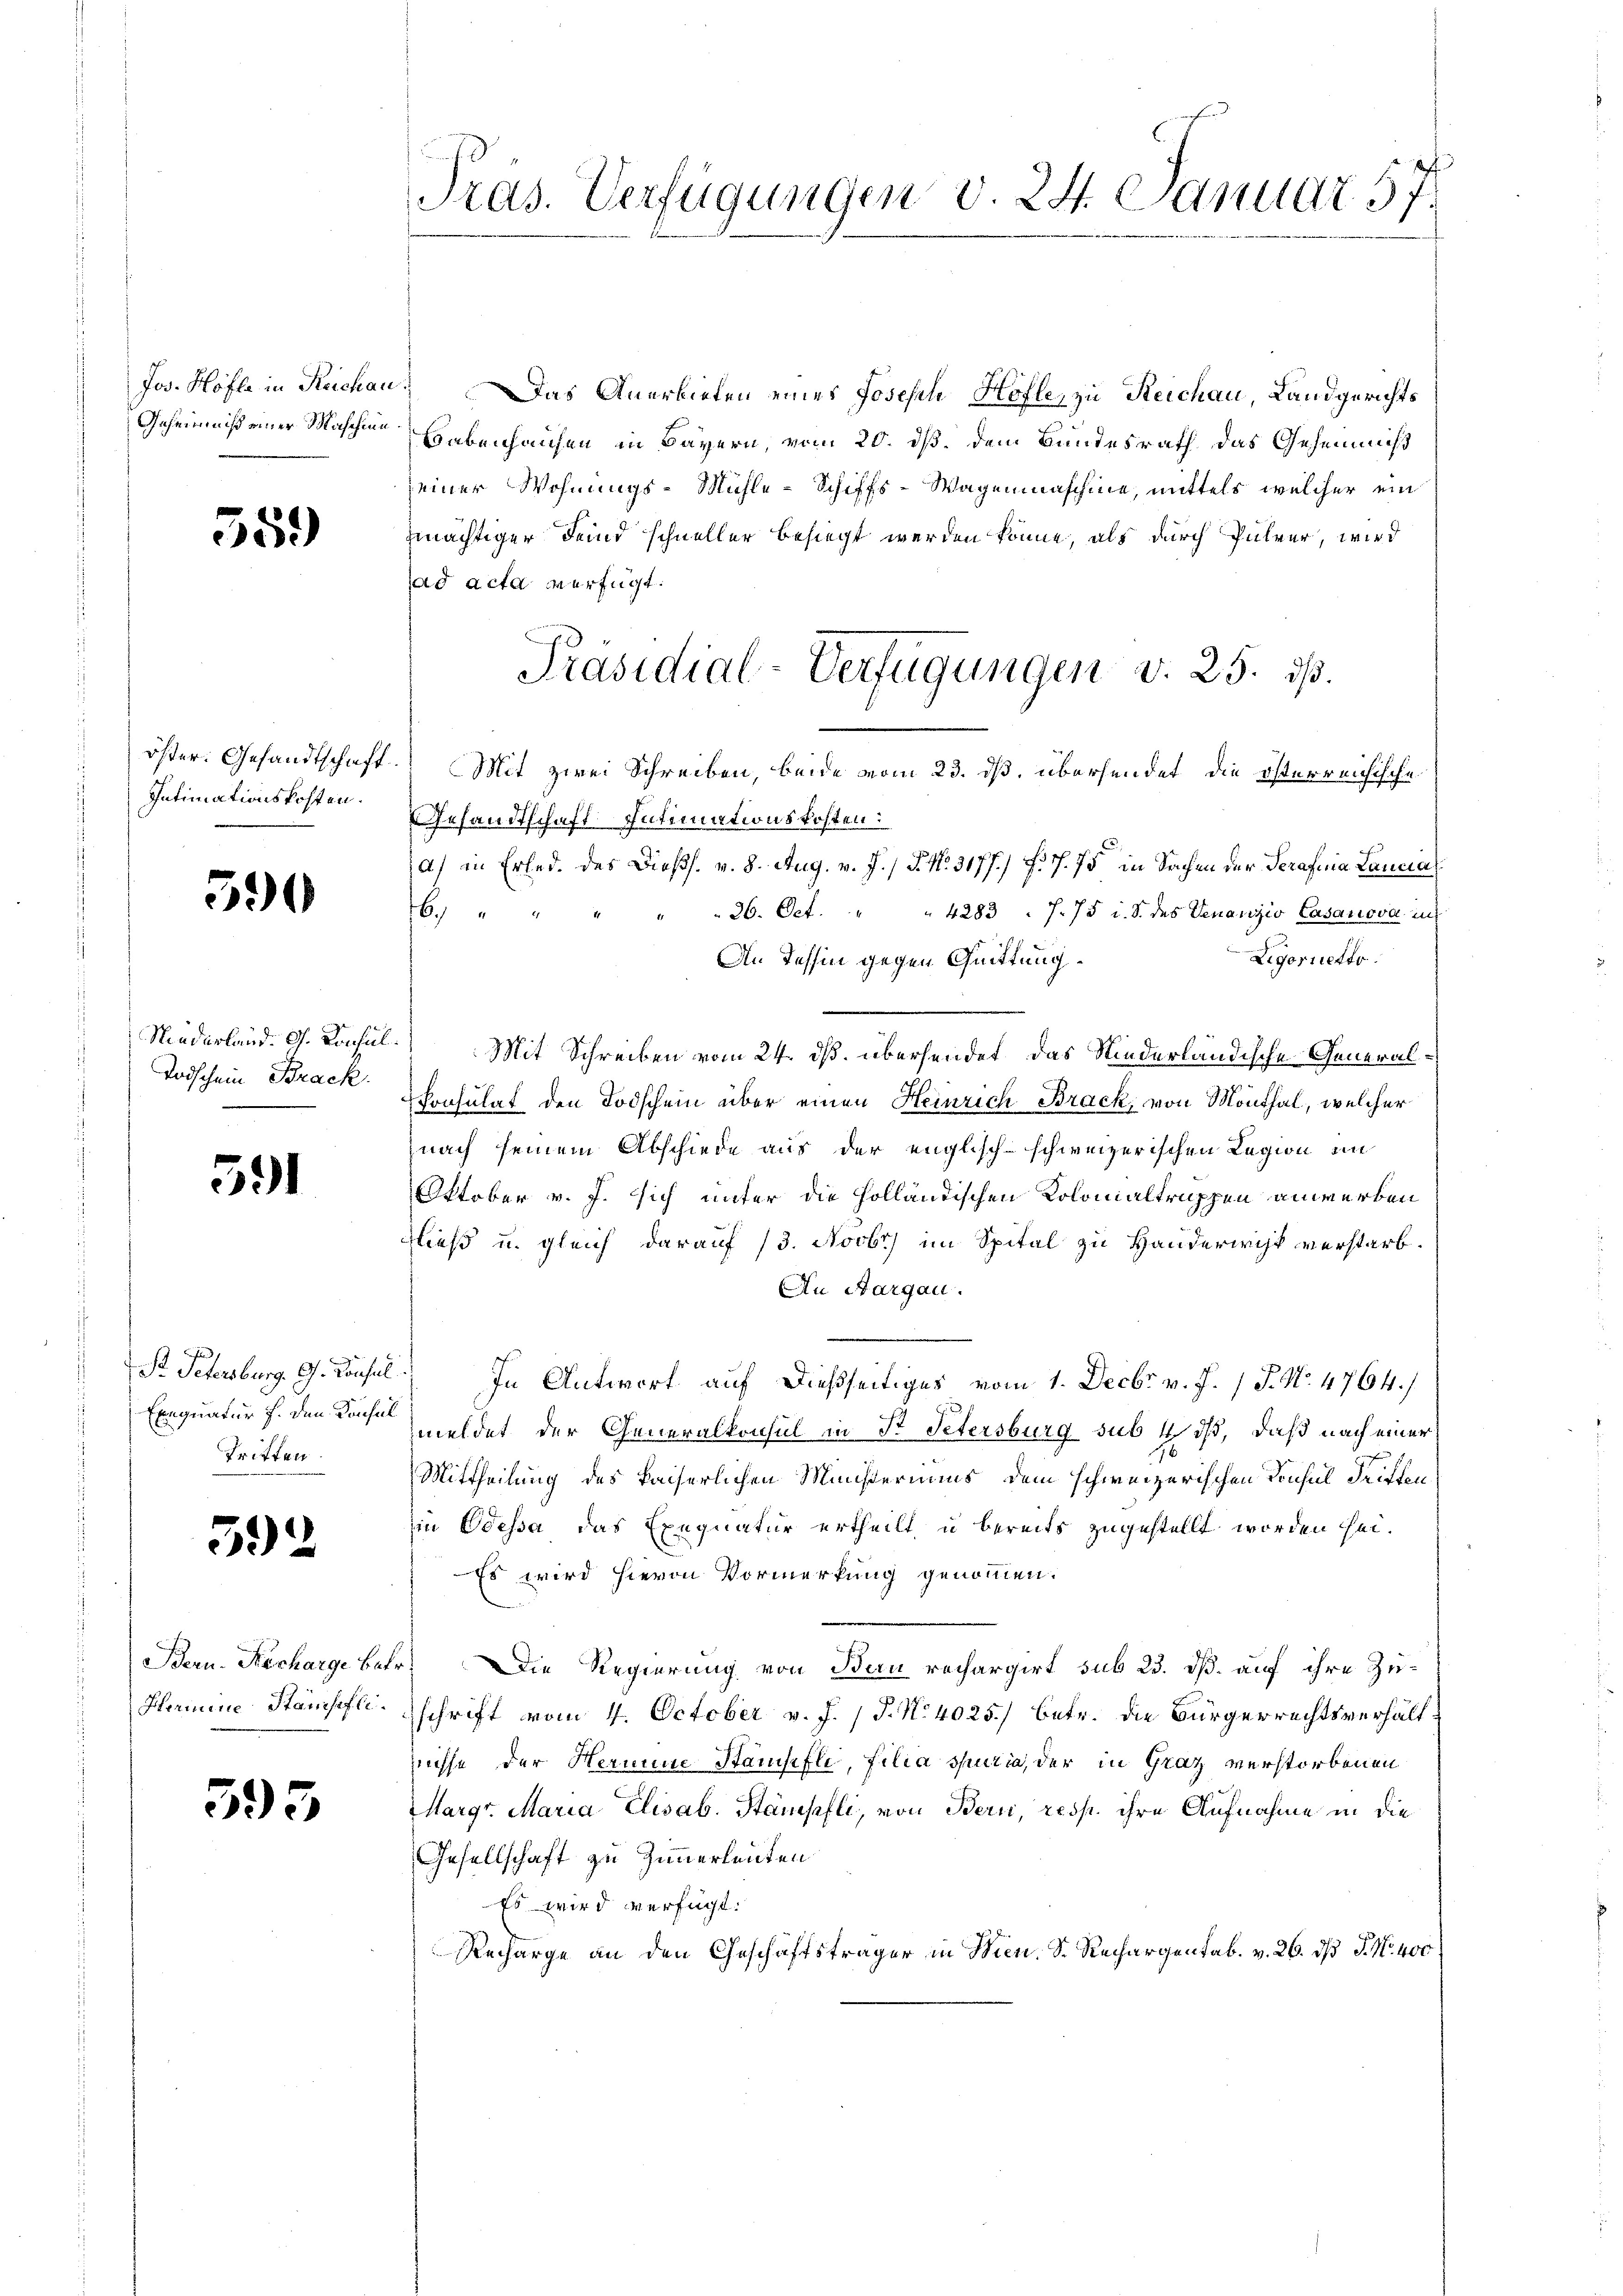
559)

Intimationskosten.

590

Todschein Brack

591

Pr. Petersburg. G. Konsul
Exequatur f. den Konsul
Tritten.

592

Hermine Stämsofli¬

393

Präs. Verfügungen v. 24. Januar 57.

Jo. Hoffe in Reichan. Das Anerbieten eines Joseph Hofle, zu Reichau, Landgerichts
Geheimniß einer Maschen Habenhausen in Bayern, vom 20. dß. dem Bundesrath das Geheimniß
seiner Wohnungs-Mühle-Schiffs-Wagenmaschine, mittels welcher ein
mächtiger Feind schneller besiegt werden könne, als durch Pulver, wird
ad acta verfügt:
öster. Gesandtschaft. Mit zwei Schreiben, beide vom 23. ds. übersendet die österreichische
Gesandtschaft Intimationskosten:
a) in Erled. des Dießs. v. 8. Aug. v. J. P. Nr. 3177) F. S. 75 in Sachen der Strafenia Lancial
26. Oct. " " 4283. 7. 75 i. S. des Venanzio Casanova in
16
Ligorietto
An Tessin gegen Quittung
Niederland. G. Konsul.) Mit Schreiben vom 24. ds. übersendet, das Niederländische Generalkonsulat den Todschein über einen Heinrich Brack, von Monthal, welcher
nach seinem Abschiede aus der englisch-schweizerischen Legion im
Oktober v. J. sich unter die holländischen Kolonialtruppen anwerben
Dieß u. gleich darauf 13. Novbr. im Spital zu Handerwisk verstarb.
An Aargau.
In Antwort auf dießseitiges vom 1. Decbr v. J. J. No. 4764./
meldet der Generalkonsul in St. Petersburg sub 14. dß, daß nach einer
Mittheilung des kaiserlichen Ministeriums dem schweizerischen Konsul Triften
in Odessa das Exequatur ertheilt, u bereits zugestellt worden sei¬
Es wird hievon Vormerkung genommen.
Bern Recharge betr. Die Regierung von Bau rechargirt sub 23. dß. auf ihre Zuschrift vom 4. October v. J. J. N. 4025/ betr. die Bürgerrechtsverhält
hnisse der Hermine Stamsifle, filia spuria, der in Graz verstorbenen
Margr. Maria Elisab. Stämpfli, von Bern, resp. ihre Aufnahme in die
Gesellschaft zu Zimmerleuten
Es wird verfügt:
Recharge an den Geschäftsträger in Men, S. Rechargentak. v. 26. ds J. No. 400

Präsidial-Verfügungen v. 25. ds.